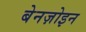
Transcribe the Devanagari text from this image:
बेनज़ोइन